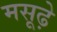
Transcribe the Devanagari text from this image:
मसूढ़े